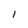
Character: l